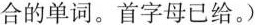
合的单词。首字母已给。)